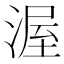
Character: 渥